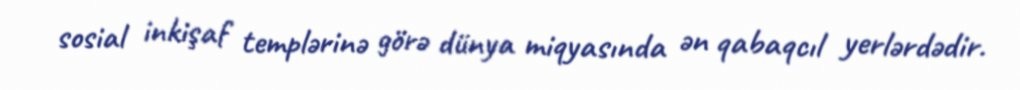
sosial inkişaf templərinə görə dünya miqyasında ən qabaqcıl yerlərdədir.